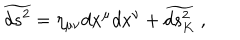
\widetilde { d s ^ { 2 } } = \eta _ { \mu \nu } d x ^ { \mu } d x ^ { \nu } + \widetilde { d s _ { K } ^ { 2 } } \ ,